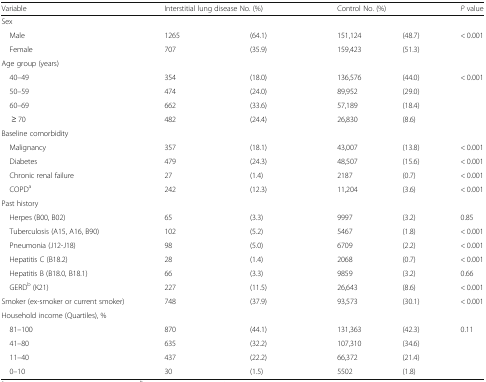
<table><thead><tr><td><b>Variable</b></td><td colspan="2"><b>Interstitial lung disease No. (%)</b></td><td colspan="2"><b>Control No. (%)</b></td><td><b><i>P</i> value</b></td></tr></thead><tbody><tr><td colspan="6">Sex</td></tr><tr><td> Male</td><td>1265</td><td>(64.1)</td><td>151,124</td><td>(48.7)</td><td>&lt; 0.001</td></tr><tr><td> Female</td><td>707</td><td>(35.9)</td><td>159,423</td><td>(51.3)</td><td></td></tr><tr><td colspan="6">Age group (years)</td></tr><tr><td> 40–49</td><td>354</td><td>(18.0)</td><td>136,576</td><td>(44.0)</td><td>&lt; 0.001</td></tr><tr><td> 50–59</td><td>474</td><td>(24.0)</td><td>89,952</td><td>(29.0)</td><td></td></tr><tr><td> 60–69</td><td>662</td><td>(33.6)</td><td>57,189</td><td>(18.4)</td><td></td></tr><tr><td>≥ 70</td><td>482</td><td>(24.4)</td><td>26,830</td><td>(8.6)</td><td></td></tr><tr><td colspan="6">Baseline comorbidity</td></tr><tr><td> Malignancy</td><td>357</td><td>(18.1)</td><td>43,007</td><td>(13.8)</td><td>&lt; 0.001</td></tr><tr><td> Diabetes</td><td>479</td><td>(24.3)</td><td>48,507</td><td>(15.6)</td><td>&lt; 0.001</td></tr><tr><td> Chronic renal failure</td><td>27</td><td>(1.4)</td><td>2187</td><td>(0.7)</td><td>&lt; 0.001</td></tr><tr><td> COPD<sup>a</sup></td><td>242</td><td>(12.3)</td><td>11,204</td><td>(3.6)</td><td>&lt; 0.001</td></tr><tr><td colspan="6">Past history</td></tr><tr><td> Herpes (B00, B02)</td><td>65</td><td>(3.3)</td><td>9997</td><td>(3.2)</td><td>0.85</td></tr><tr><td> Tuberculosis (A15, A16, B90)</td><td>102</td><td>(5.2)</td><td>5467</td><td>(1.8)</td><td>&lt; 0.001</td></tr><tr><td> Pneumonia (J12-J18)</td><td>98</td><td>(5.0)</td><td>6709</td><td>(2.2)</td><td>&lt; 0.001</td></tr><tr><td> Hepatitis C (B18.2)</td><td>28</td><td>(1.4)</td><td>2068</td><td>(0.7)</td><td>&lt; 0.001</td></tr><tr><td> Hepatitis B (B18.0, B18.1)</td><td>66</td><td>(3.3)</td><td>9859</td><td>(3.2)</td><td>0.66</td></tr><tr><td> GERD<sup>b</sup> (K21)</td><td>227</td><td>(11.5)</td><td>26,643</td><td>(8.6)</td><td>&lt; 0.001</td></tr><tr><td>Smoker (ex-smoker or current smoker)</td><td>748</td><td>(37.9)</td><td>93,573</td><td>(30.1)</td><td>&lt; 0.001</td></tr><tr><td colspan="6">Household income (Quartiles), %</td></tr><tr><td> 81–100</td><td>870</td><td>(44.1)</td><td>131,363</td><td>(42.3)</td><td>0.11</td></tr><tr><td> 41–80</td><td>635</td><td>(32.2)</td><td>107,310</td><td>(34.6)</td><td></td></tr><tr><td> 11–40</td><td>437</td><td>(22.2)</td><td>66,372</td><td>(21.4)</td><td></td></tr><tr><td> 0–10</td><td>30</td><td>(1.5)</td><td>5502</td><td>(1.8)</td><td></td></tr></tbody></table>